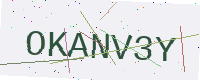
Text: OKANV3Y